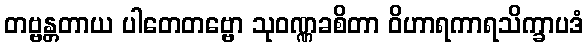
တဗ္ဗန္တတာယ ပါတေတဗ္ဗော သုဝဏ္ဏခစိတာ ဝိဟာရကာရသိက္ခာပဒံ